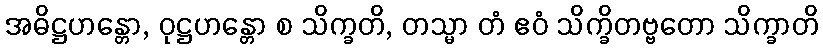
အဓိဋ္ဌဟန္တော, ဝုဋ္ဌဟန္တော စ သိက္ခတိ, တသ္မာ တံ ဧဝံ သိက္ခိတဗ္ဗတော သိက္ခာတိ